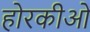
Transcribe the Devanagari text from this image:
होरकीओ